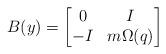
LaTeX: \begin{align*} B(y) = \begin{bmatrix} 0 & I \\ -I & m\Omega(q) \end{bmatrix}\end{align*}